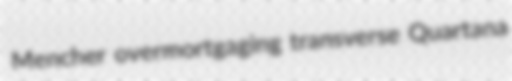
Mencher overmortgaging transverse Quartana